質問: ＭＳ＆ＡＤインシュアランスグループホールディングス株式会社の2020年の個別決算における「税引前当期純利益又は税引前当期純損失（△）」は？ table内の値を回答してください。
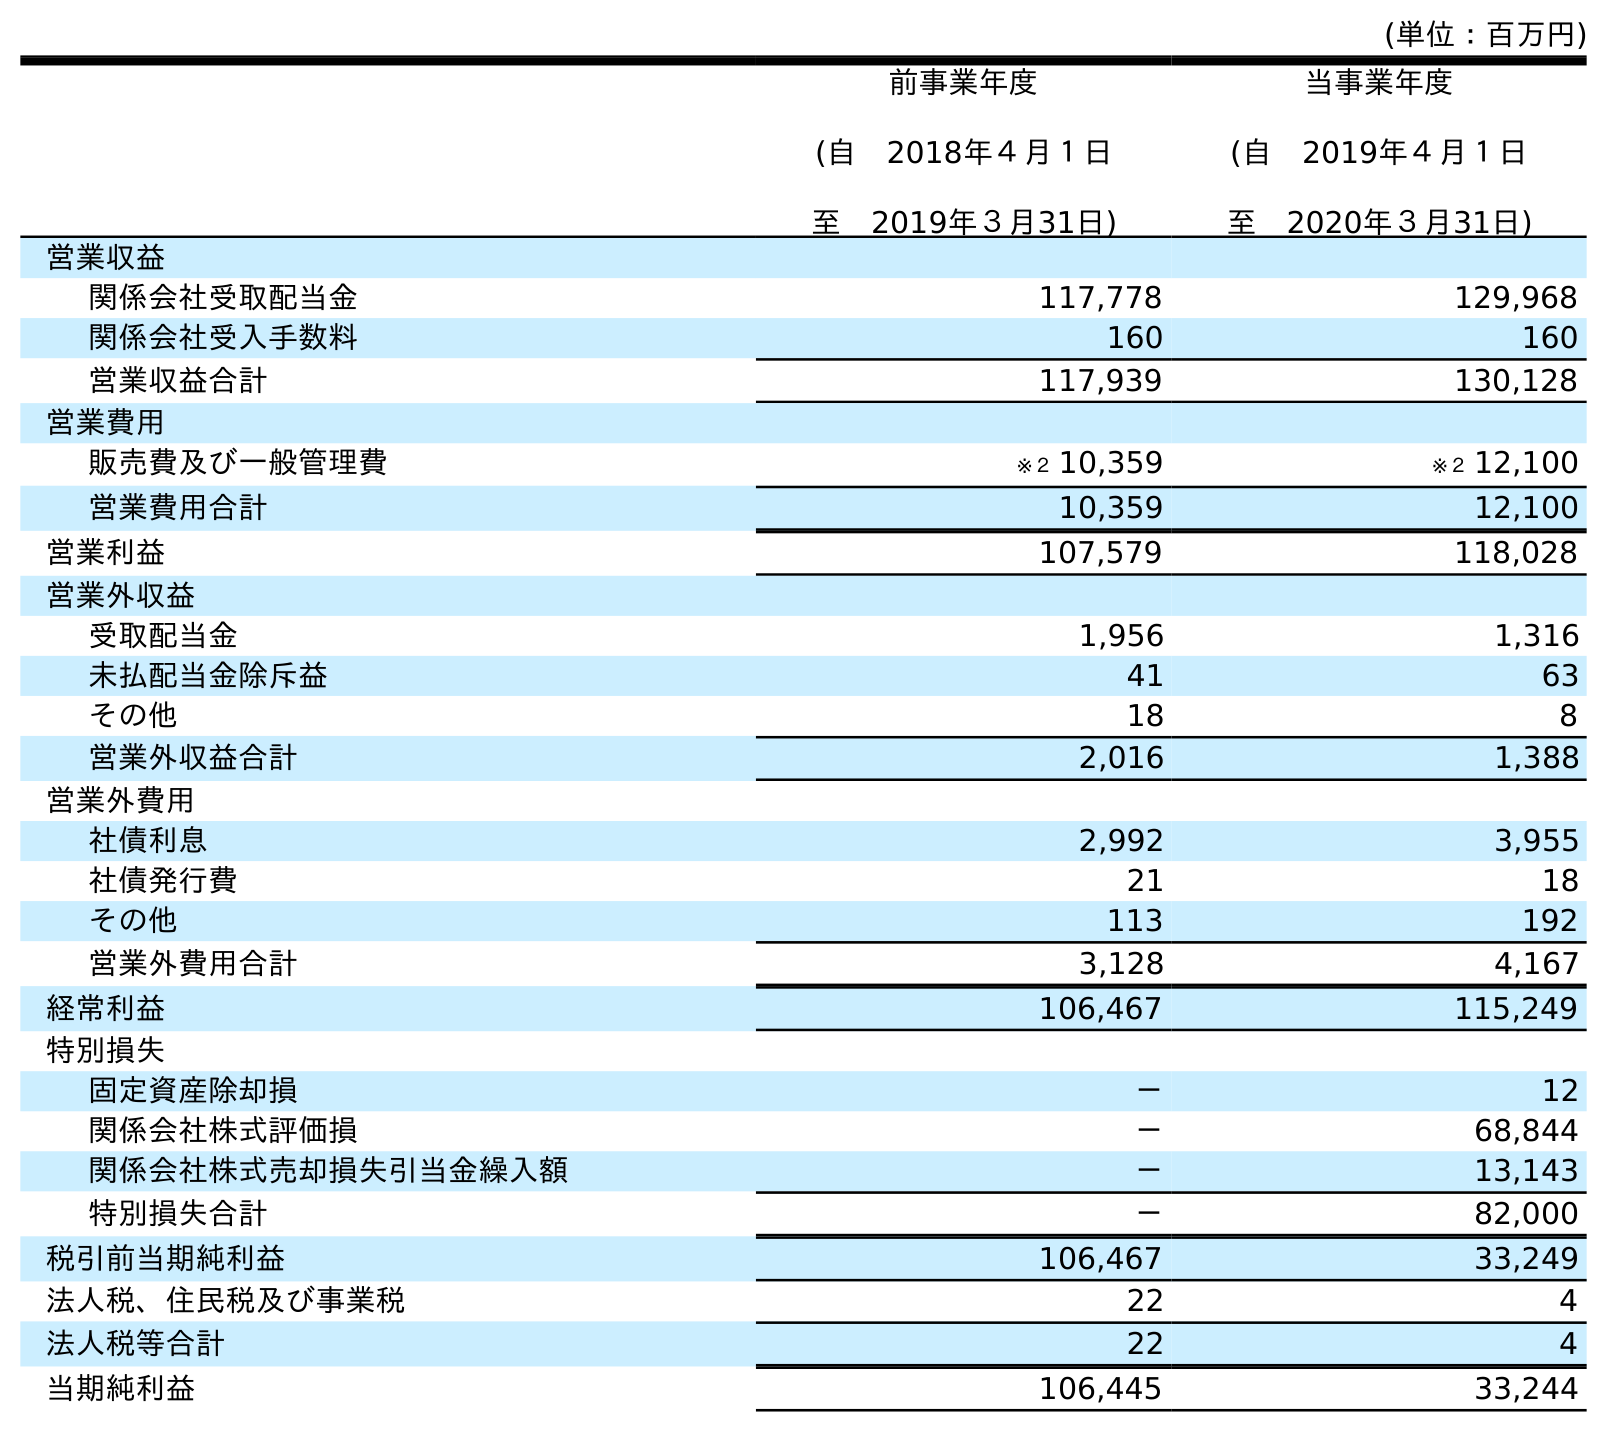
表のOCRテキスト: (単位：百万円) 前事業年度 (自 2018年４月１日 至 2019年３月31日) 当事業年度 (自 2019年４月１日 至 2020年３月31日) 営業収益 関係会社受取配当金 117,778 129,968 関係会社受入手数料 160 160 営業収益合計 117,939 130,128 営業費用 販売費及び一般管理費 ※２ 10,359 ※２ 12,100 営業費用合計 10,359 12,100 営業利益 107,579 118,028 営業外収益 受取配当金 1,956 1,316 未払配当金除斥益 41 63 その他 18 8 営業外収益合計 2,016 1,388 営業外費用 社債利息 2,992 3,955 社債発行費 21 18 その他 113 192 営業外費用合計 3,128 4,167 経常利益 106,467 115,249 特別損失 固定資産除却損 － 12 関係会社株式評価損 － 68,844 関係会社株式売却損失引当金繰入額 － 13,143 特別損失合計 － 82,000 税引前当期純利益 106,467 33,249 法人税、住民税及び事業税 22 4 法人税等合計 22 4 当期純利益 106,445 33,244
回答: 33,249